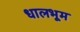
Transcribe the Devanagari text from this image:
धालभूम